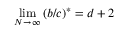
\operatorname* { l i m } _ { N \rightarrow \infty } \left( b / c \right) ^ { \ast } = d + 2